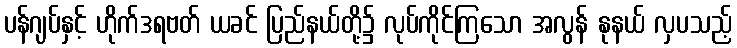
ပန်ဂျပ်နှင့် ဟိုက်ဒရဗတ် ယခင် ပြည်နယ်တို့၌ လုပ်ကိုင်ကြသော အလွန် နုနယ် လှပသည့်